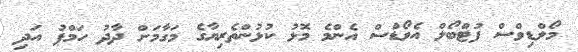
މޯލްޑިވްސް ފުޓްބޯލް އެވޯޑްސް އެންމެ މޮޅު ކުޅުންތެރިޔާގެ މަގާމަށް ދާދު ހަމްޕު އަދި